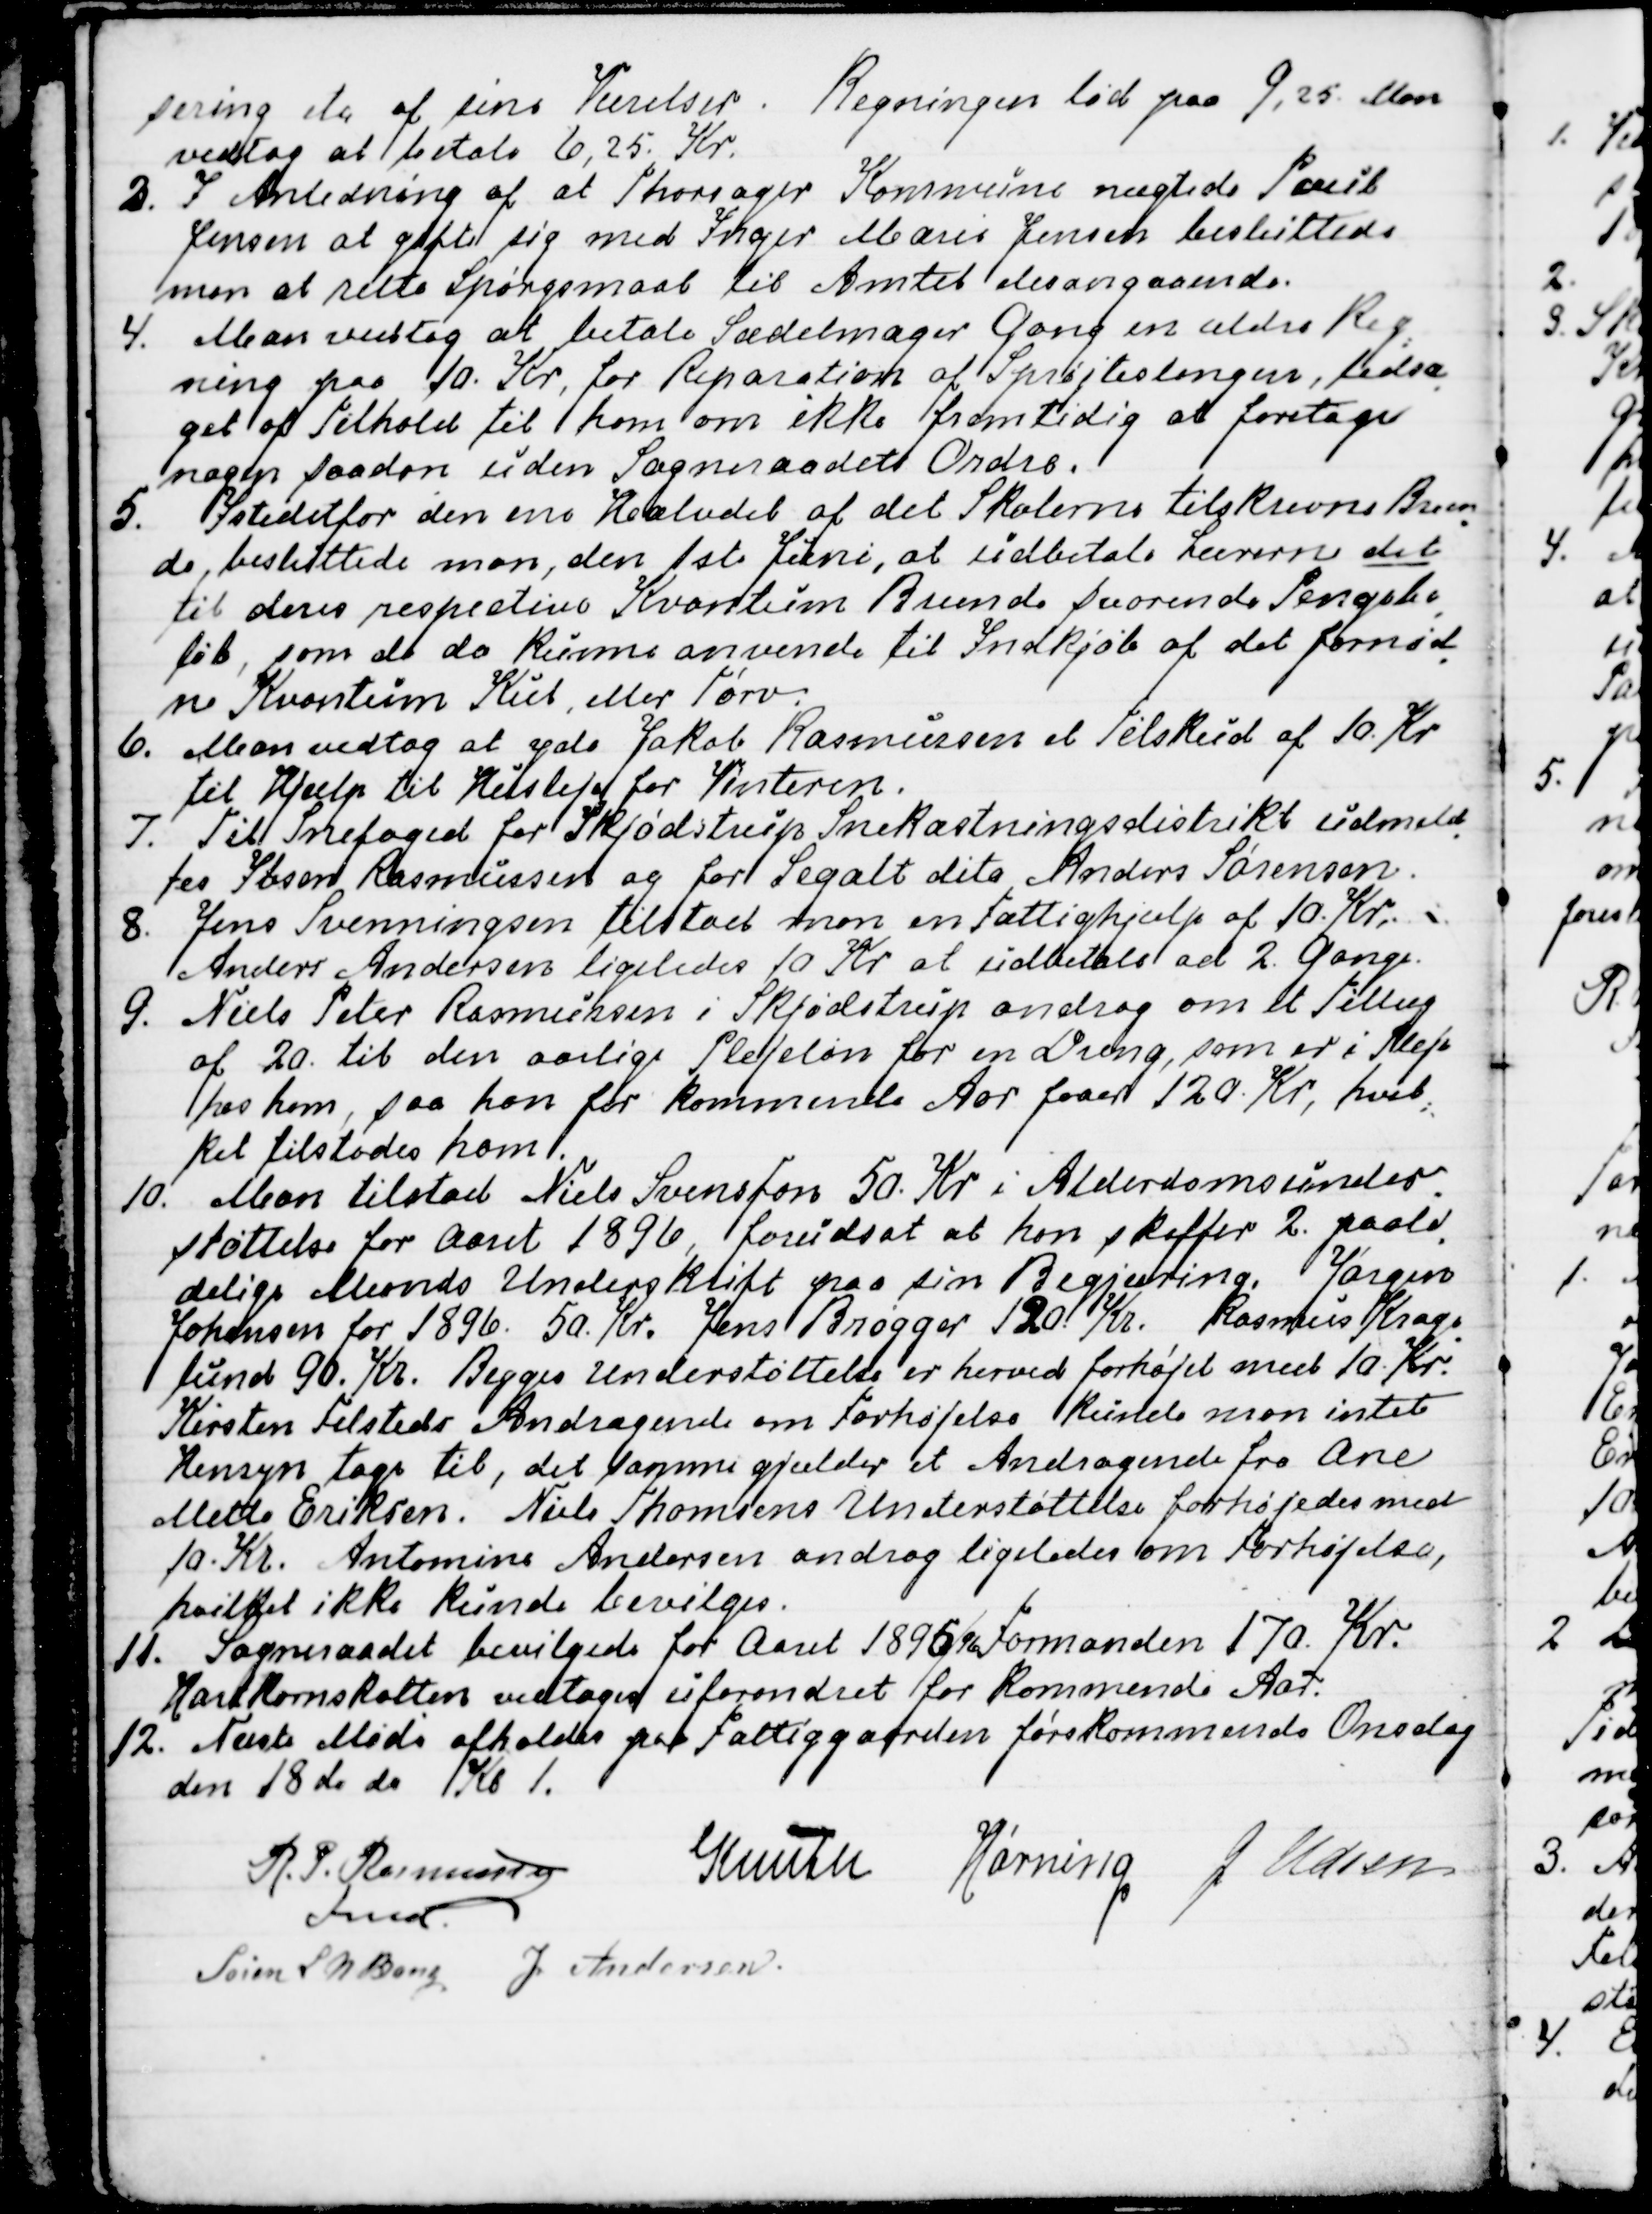
Transskription:
sering etc af sine Værelser. Regningen lød paa 9,25. Man
vedtog at betale 6,25 Kr.
3. I Anledning af at Thorsager Kommune nægtede Poul
Jensen at gifte sig med Inger Marie Jensen besluttede
man at rette Spørgsmaal til Amtet desangaaende.
4. Man vedtog at betale Sadelmager Gang en ældre Reg
-
ning paa 10. Kr, for Reparation af Sprøjteslangen, ledsa
-
get af Tilhold til ham om ikke fremtidig at foretage
nogen saadan uden Sogneraadets Ordre.
5. Istedetfor den ene Halvdel af det Skolerne tilskrevne Bræn
-
de, besluttede man, den 1ste Juni, at udbetale Lærerne det
til deres respective Kvantum Brænde svarende Pengebe
-
løb, som de da kunne anvende til Indkjøb af det fornød
-
ne Kvantum Kul eller Tørv.
6. Man vedtog at yde Jakob Rasmussen et Tilskud af 10. Kr
til Hjælp til Husleje for Vinteren.
7. Til Snefoged for Skjødstrup Snekastningsdistrikt udmeld
-
tes Ibsen Rasmussen og for Segalt dito Anders Sørensen.
8. Jens Svenningsen tilstod man en Fattighjælp af 10. Kr;
Anders Andersen ligeledes 10 Kr at udbetale ad 2. Gange.
9. Niels Peter Rasmussen i Skjødstrup androg om et Tillæg
af 20. til den aarlige Plejeløn for en Dreng, som er i Pleje
hos ham, saa han for kommende Aar faar 120. Kr., hvil
-
ket tilstodes ham.
10. Man tilstod Niels Svensson 50. Kr i Alderdomsunder-
støttelse for Aaret 1896, forudsat at han skaffer 2. paali
-
delige Mænds Underskrift paa sin Begjæring. Jørgen
Johansen for 1896. 50. Kr. Jens Brøgger 120. Kr.  Rasmus Krage
-
lund 90. Kr. Begges Understøttelse er herved forhøjet med 10. Kr.
Kirsten Felsteds Andragende om Forhøjelse kunde man intet
Hensyn tage til, det samme gjælder et Andragende fra Ane
Mette Eriksen. Niels Thomsens Understøttelse forhøjedes med
10. Kr. Antomine Andersen androg ligeledes om Forhøjelse,
hvilket ikke kunde bevilges.
11. Sogneraadet bevilgede for Aaret 1895/96 Formanden 170. Kr.
Hartkornskatten vedtoges uforandret for kommende Aar.
12. Næste Møde afholdes paa Fattiggaarden førstkommende Onsdag
den 18de ds Kl 1.
R. P. Rasmussen
Fmd.
Knuth
Hørning
J Udsen
Søren L N Bang
J Andersen.